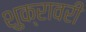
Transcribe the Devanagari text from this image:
शुक्रावरी